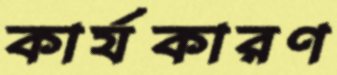
কার্যকারণ